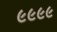
૯૯૯૯